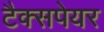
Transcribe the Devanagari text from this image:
टैक्सपेयर